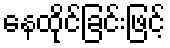
နေထိုင်ခြင်းဖြင့်